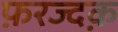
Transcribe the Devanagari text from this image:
फ़रज्दक़